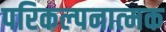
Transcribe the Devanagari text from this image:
परिकल्‍पनात्‍मक